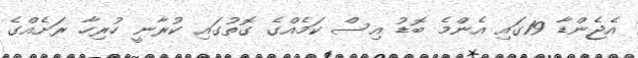
އެޖެންޑާ 19ގައި އެންމެ ބޮޑު އިސް ކަމެއްގެ ގޮތުގައި ކުރާނީ ހުރިހާ ރަށެއްގެ